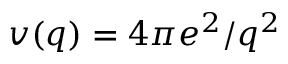
v ( q ) = 4 \pi e ^ { 2 } / q ^ { 2 }